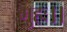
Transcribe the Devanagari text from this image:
गुहः।।